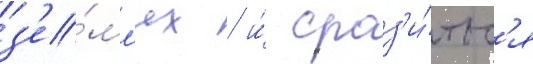
з'е́мл'ях / и́ сраз'и́тьс'я